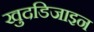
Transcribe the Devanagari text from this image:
खुदडिजाइन